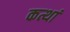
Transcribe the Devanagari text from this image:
कत्थां